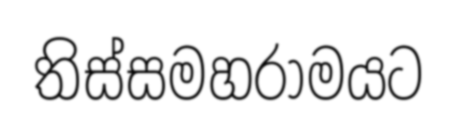
තිස්සමහරාමයට